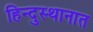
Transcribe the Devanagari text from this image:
हिन्दुस्थानात